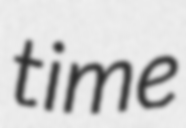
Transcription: time